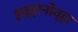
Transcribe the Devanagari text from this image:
इव्हानोव्हा